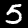
Label: 5